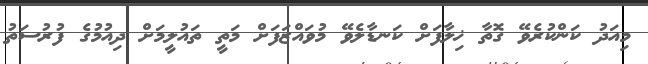
މިއަދު ކަންކުރެވޭ ގޮތާ ޚިލާފަށް ކަނޑާލެވޭ މުވައްޒަފަށް މަތީ ތައުލީމަށް ދިއުމުގެ ފުރުސަތު